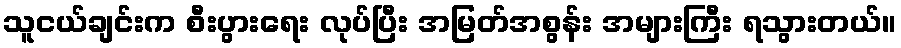
သူငယ်ချင်းက စီးပွားရေး လုပ်ပြီး အမြတ်အစွန်း အများကြီး ရသွားတယ်။